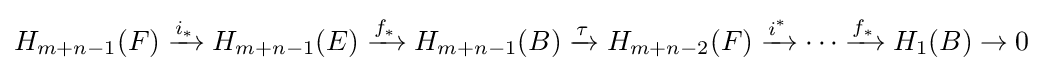
H_{m+n-1}(F)\xrightarrow {i_{*}} H_{m+n-1}(E)\xrightarrow {f_{*}} H_{m+n-1}(B)\xrightarrow {\tau } H_{m+n-2}(F)\xrightarrow {i^{*}} \cdots \xrightarrow {f_{*}} H_{1}(B)\to 0